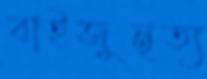
বাইজুনৃত্য